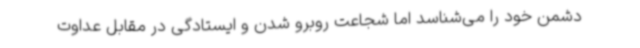
دشمن خود را می‌شناسد اما شجاعت روبرو شدن و ایستادگی در مقابل عداوت